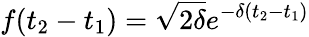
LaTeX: f(t_{2}-t_{1})=\sqrt{2\delta}e^{-\delta(t_{2}-t_{1})}